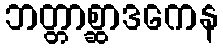
ဘတ္တာစ္ဆာဒကေန